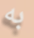
به